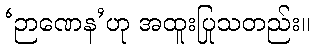
‘ဉာဏေန’ဟု အထူးပြုသတည်း။